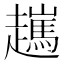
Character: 𧾖